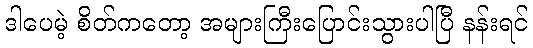
ဒါပေမဲ့ စိတ်ကတော့ အများကြီးပြောင်းသွားပါပြီ နန်းရင်